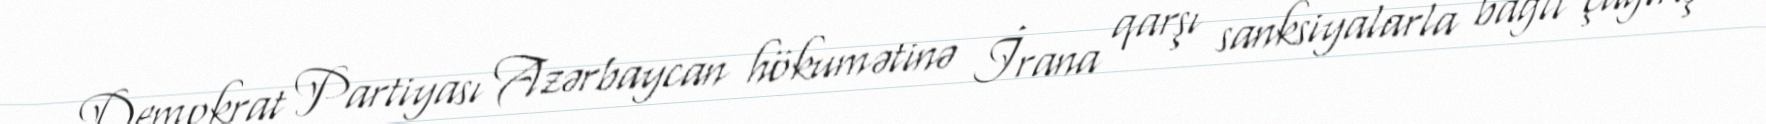
Demokrat Partiyası Azərbaycan hökumətinə İrana qarşı sanksiyalarla bağlı çağırış